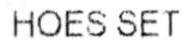
HOES SET